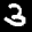
Label: 3